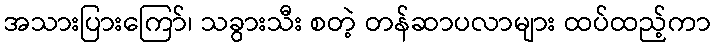
အသားပြားကြော်၊ သခွားသီး စတဲ့ တန်ဆာပလာများ ထပ်ထည့်ကာ